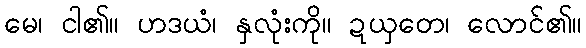
မေ၊ ငါ၏။ ဟဒယံ၊ နှလုံးကို။ ဍယှတေ၊ လောင်၏။